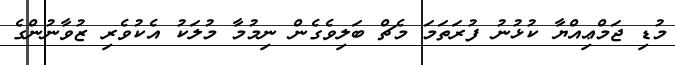
މުޑި ޖަމްޢިއްޔާ ކުޅުނު ފުރަތަމަ މެޗް ބަލިވެގެން ނިމުމާ މުލަކު އެކުވެރި ޒުވާނުންގެ